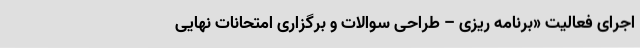
اجرای فعالیت «برنامه ریزی – طراحی سوالات و برگزاری امتحانات نهایی